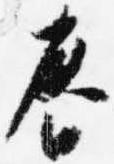
春